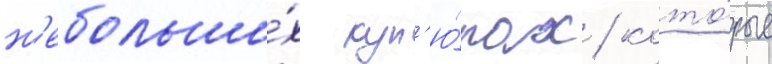
н'ебольши́х куп'ю́рах / кото́рые